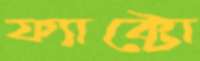
ফ্যাক্টো